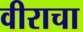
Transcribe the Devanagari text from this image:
वीराचा